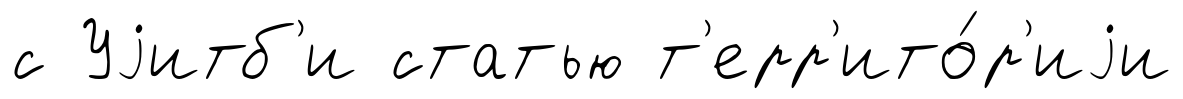
с Уjитб'и статью т'ерр'ито́р'иjи